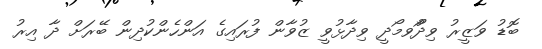
ބޮޑު ވަޒީރު ވިދާޯުވމޯދީ ވިދާޅުވީ ޒުވާން ފުރައިގެ އަންހެންކުދިން ބޭރަށް ދާ އިރު